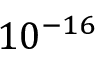
1 0 ^ { - 1 6 }